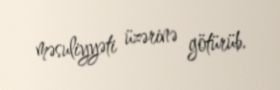
məsuliyyəti üzərinə götürüb.